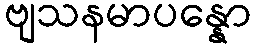
ဗျသနမာပန္နော